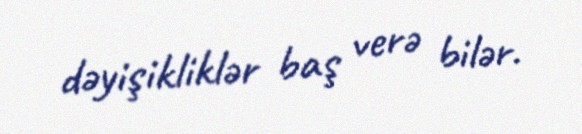
dəyişikliklər baş verə bilər.